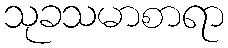
သုခသမာစာရာ